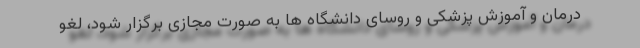
درمان و آموزش پزشکی و روسای دانشگاه ها به صورت مجازی برگزار شود، لغو